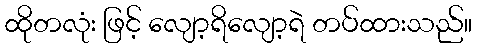
ထိုတလုံး ဖြင့် လျော့ရိလျော့ရဲ တပ်ထားသည်။